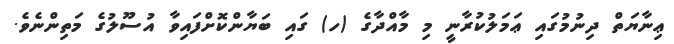
ޢިނާޔަތް ދިނުމުގައި ޢަމަލުކުރާނީ މި މާއްދާގެ (ހ) ގައި ބަޔާންކޮށްފައިވާ އުސޫލުގެ މަތިންނެވެ.